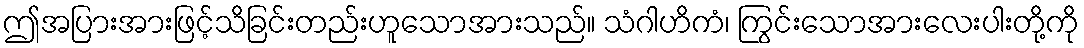
ဤအပြားအားဖြင့်သိခြင်းတည်းဟူသောအားသည်။ သံဂါဟိကံ၊ ကြွင်းသောအားလေးပါးတို့ကို